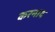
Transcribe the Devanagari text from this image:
करनाद